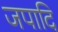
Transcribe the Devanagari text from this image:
जपादि